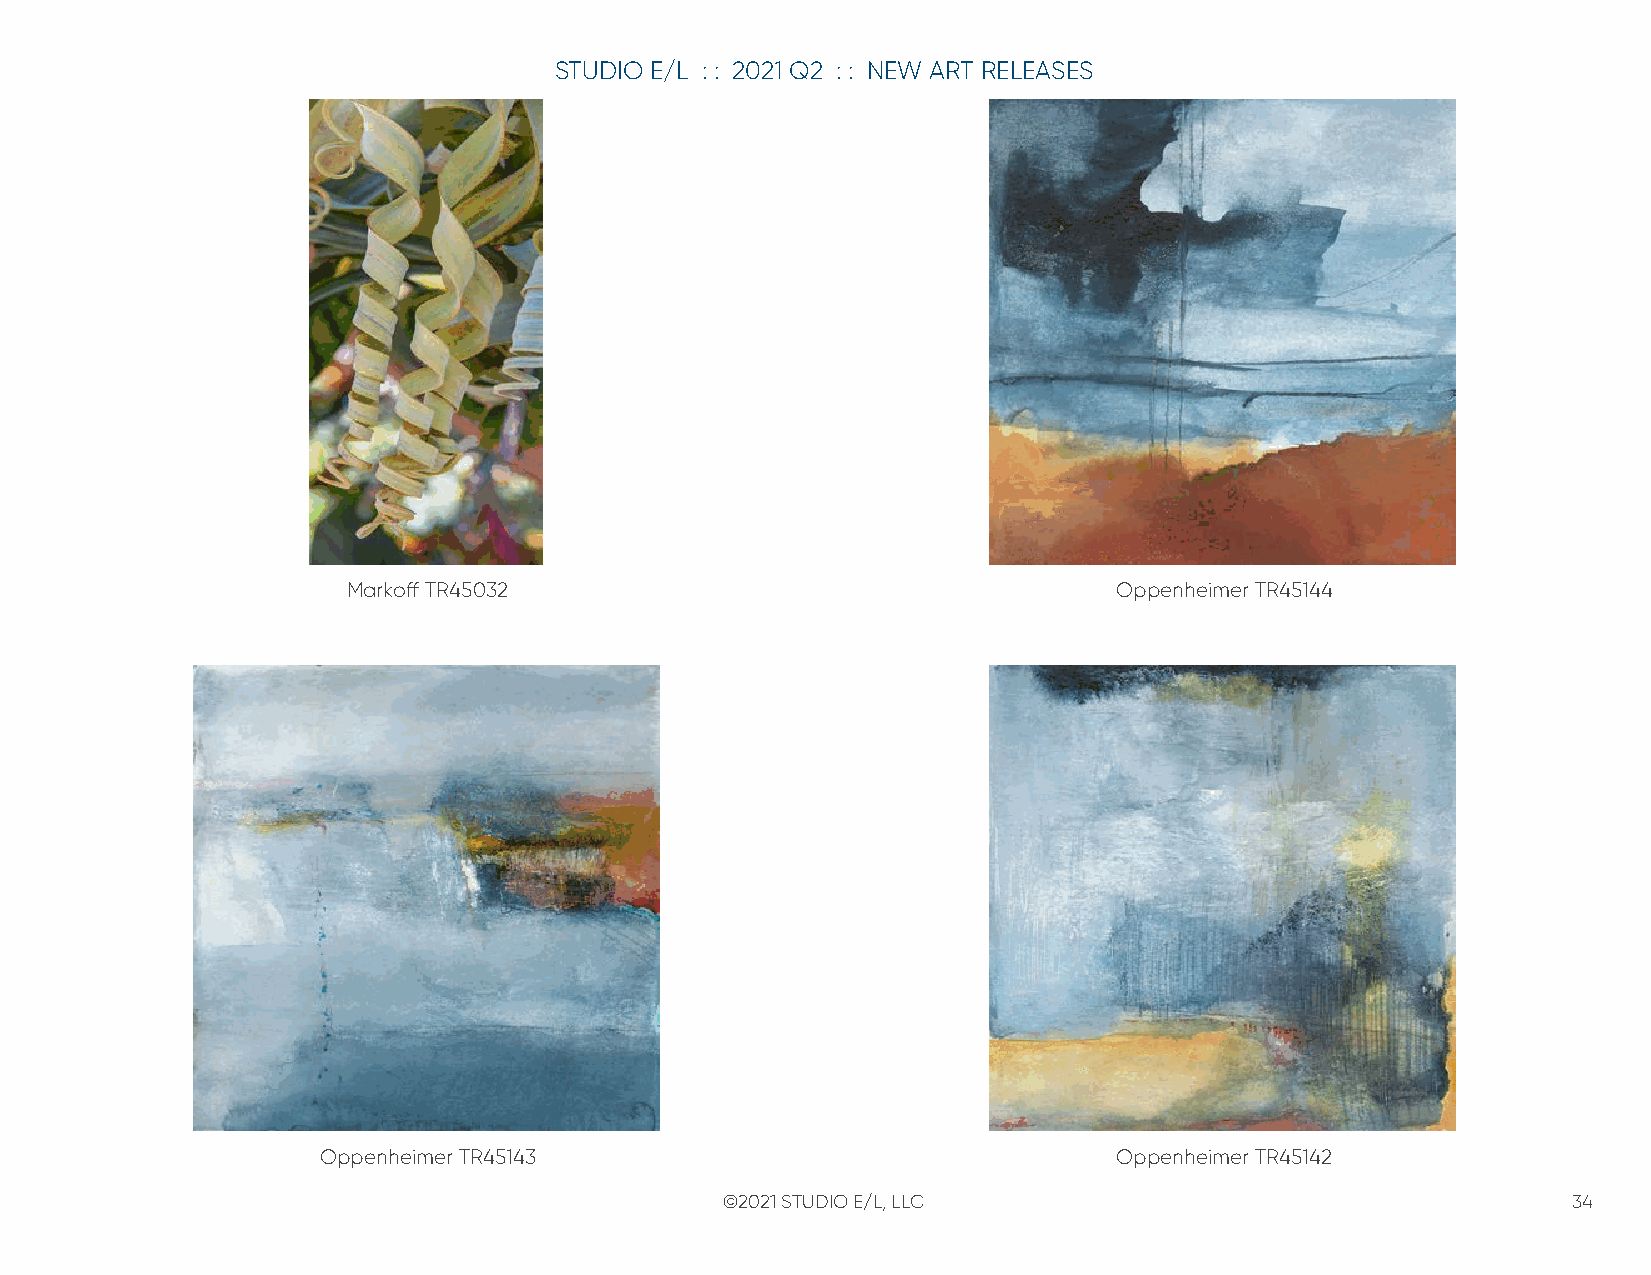
STUDIO E/L : : 2021 Q2 : : NEW ART RELEASES
 Markoff TR45032                                    Oppenheimer TR45144
 Oppenheimer TR45143                                  Oppenheimer TR45142
 ©2021 STUDIO E/L, LLC                                   34